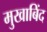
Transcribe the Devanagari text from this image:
मुखाबिंद